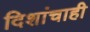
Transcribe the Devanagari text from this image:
दिशांचाही